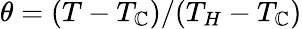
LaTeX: \theta=(T-T_{\mathbb{C}})/(T_{H}-T_{\mathbb{C}})